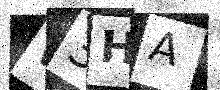
Text: W3HA